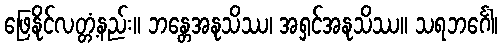
ဖြေနိုင်လတ္တံ့နည်း။ ဘန္တေအနုသိဿ၊ အရှင်အနုသိဿ။ သရဘင်္ဂေါ၊